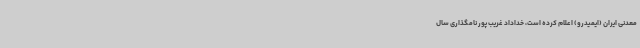
معدنی ایران (ایمیدرو) اعلام کرده است، خداداد غریب پور نامگذاری سال